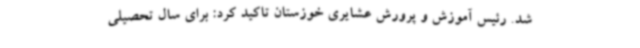
شد. رئیس آموزش و پرورش عشایری خوزستان تاکید کرد: برای سال تحصیلی